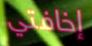
إخافتي